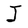
Character: J